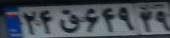
۲۴ق۶۹۴۲۹